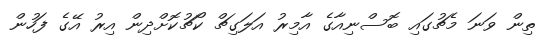
ތިން ވަނަ މެޗުގައި ބޮސްނިއާގެ އާމިރު އަލަގިޗް ކޯޗުކޮށްދިން އިރު އޭގެ ފަހުން